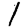
Digit: 1